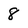
Character: 8